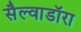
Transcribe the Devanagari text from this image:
सैल्वाडॉरा